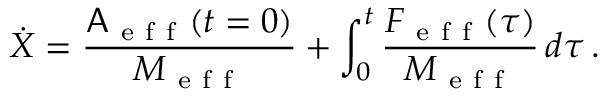
\dot { X } = \frac { \mathsf { A } _ { \mathrm { ~ e ~ f ~ f ~ } } ( t = 0 ) } { M _ { \mathrm { ~ e ~ f ~ f ~ } } } + \int _ { 0 } ^ { t } \frac { F _ { \mathrm { ~ e ~ f ~ f ~ } } ( \tau ) } { M _ { \mathrm { ~ e ~ f ~ f ~ } } } \, d \tau \, .